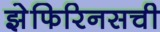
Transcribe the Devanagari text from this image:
झेफिरिनसची